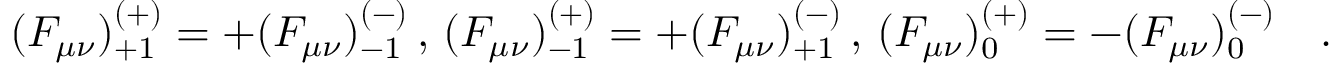
( F _ { \mu \nu } ) _ { + 1 } ^ { ( + ) } = + ( F _ { \mu \nu } ) _ { - 1 } ^ { ( - ) } \, , \, ( F _ { \mu \nu } ) _ { - 1 } ^ { ( + ) } = + ( F _ { \mu \nu } ) _ { + 1 } ^ { ( - ) } \, , \, ( F _ { \mu \nu } ) _ { 0 } ^ { ( + ) } = - ( F _ { \mu \nu } ) _ { 0 } ^ { ( - ) } \quad .